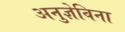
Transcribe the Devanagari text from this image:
अनुज्ञेविना